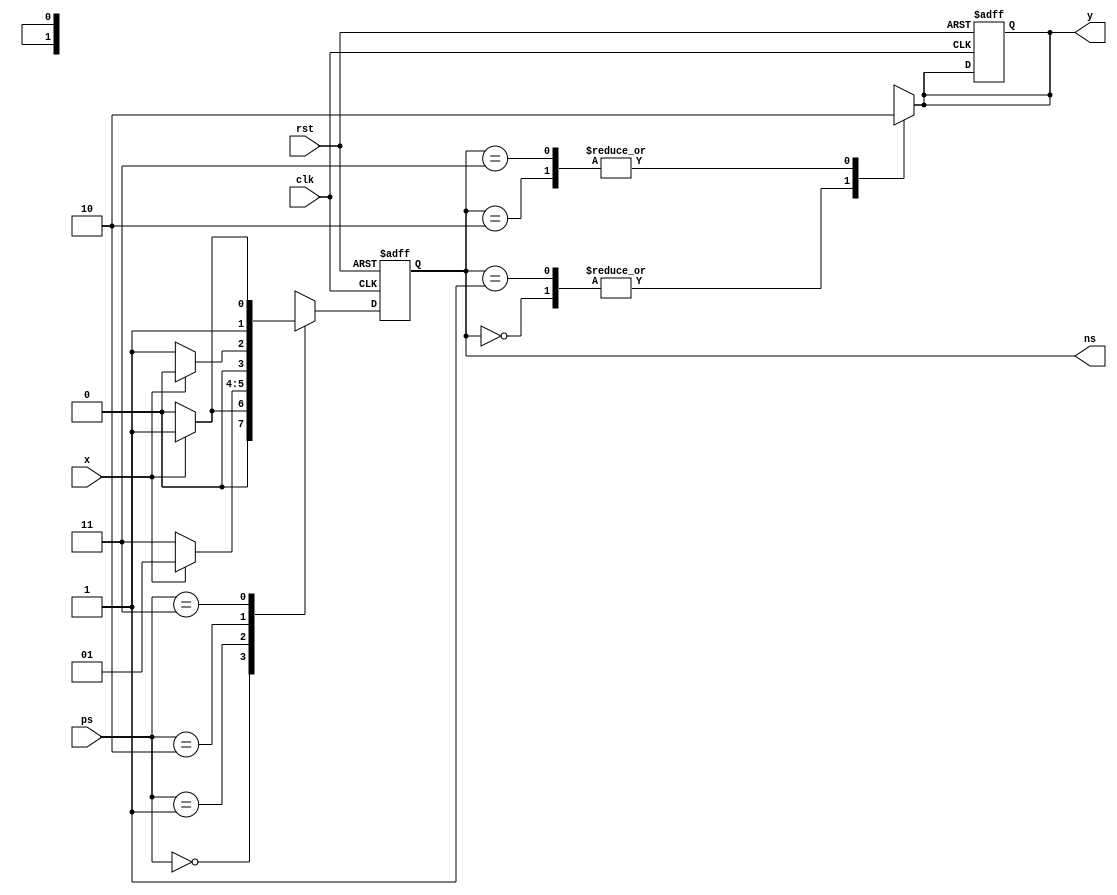
`timescale 1ns / 1ps
//////////////////////////////////////////////////////////////////////////////////
// Company: 
// Engineer: 
// 
// Design Name: 
// Module Name: state
// Project Name: 
// Target Devices: 
// Tool Versions: 
// Description: 
// 
// Dependencies: 
// 
// Revision:
// Revision 0.01 - File Created
// Additional Comments:
// 
//////////////////////////////////////////////////////////////////////////////////


module state(input clk, input rst, input x, input  [1:0] ps, output reg  [1:0] ns, output reg y);
always @ (posedge clk or posedge rst) begin
if (rst) begin
y<= 1'b0;
ns<= 2'b00;
end
else begin
case (ps)
2'b00 : ns<= (x == 0) ? 2'b00 : 2'b01;
2'b01 : ns<= (x == 0) ? 2'b11 : 2'b01;
2'b10 : ns<= (x == 0) ? 2'b01 : 2'b00;
2'b11 : ns<= (x == 0) ? 2'b10 : 2'b11;
endcase
end
end
always @(*) begin
 case(ns)
 2'b00:y<=1'b1;
 2'b01:y<=1'b1;
 2'b10:y<=1'b0;
 2'b11:y<=1'b0;
 endcase
 end
endmodule